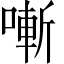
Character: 𠼗